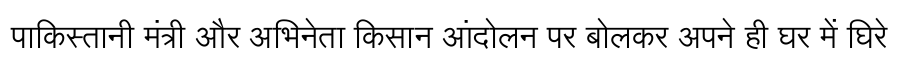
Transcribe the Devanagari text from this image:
पाकिस्तानी मंत्री और अभिनेता किसान आंदोलन पर बोलकर अपने ही घर में घिरे